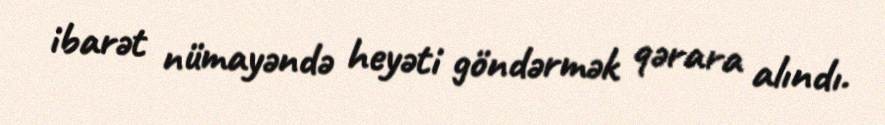
ibarət nümayəndə heyəti göndərmək qərara alındı.